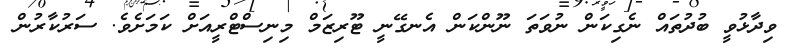
ވިދާޅުވީ ބުދުތައް ނެގިކަން ނުވަތަ ނޫންކަން އެނގޭނީ ޓޫރިޒަމް މިނިސްޓްރީއަށް ކަމަށެވެ. ސަރުކާރުން